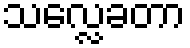
သလ္လေခတာ